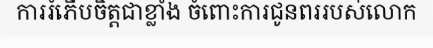
ការរំភើបចិត្តជាខ្លាំង ចំពោះការជូនពររបស់លោក